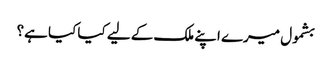
بشمول میرے اپنے ملک کے لیے کیا کیا ہے؟